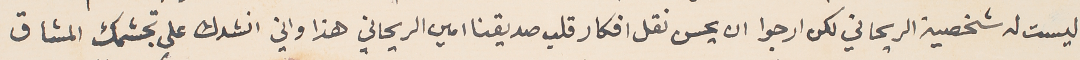
ليست له شخصية الريحاني لكن ارجوا ان يحسن نقل افكار قلب صديقنا امين الريحاني هذا واني انشدك على تجشمك المشاق